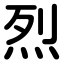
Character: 烈